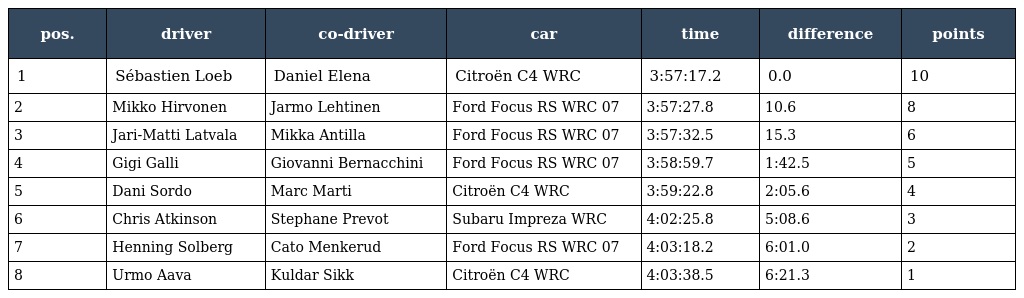
| pos. | driver | co-driver | car | time | difference | points |
 | --- | --- | --- | --- | --- | --- | --- |
 | 1 | Sébastien Loeb | Daniel Elena | Citroën C4 WRC | 3:57:17.2 | 0.0 | 10 |
 | 2 | Mikko Hirvonen | Jarmo Lehtinen | Ford Focus RS WRC 07 | 3:57:27.8 | 10.6 | 8 |
 | 3 | Jari-Matti Latvala | Mikka Antilla | Ford Focus RS WRC 07 | 3:57:32.5 | 15.3 | 6 |
 | 4 | Gigi Galli | Giovanni Bernacchini | Ford Focus RS WRC 07 | 3:58:59.7 | 1:42.5 | 5 |
 | 5 | Dani Sordo | Marc Marti | Citroën C4 WRC | 3:59:22.8 | 2:05.6 | 4 |
 | 6 | Chris Atkinson | Stephane Prevot | Subaru Impreza WRC | 4:02:25.8 | 5:08.6 | 3 |
 | 7 | Henning Solberg | Cato Menkerud | Ford Focus RS WRC 07 | 4:03:18.2 | 6:01.0 | 2 |
 | 8 | Urmo Aava | Kuldar Sikk | Citroën C4 WRC | 4:03:38.5 | 6:21.3 | 1 |